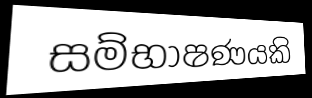
සම්භාෂණයකි